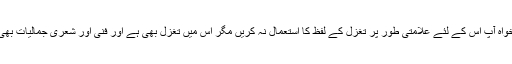
خواہ آپ اس کے لئے علامتی طور پر تغزل کے لفظ کا استعمال نہ کریں مگر اس میں تغزل بھی ہے اور فنی اور شعری جمالیات بھی۔